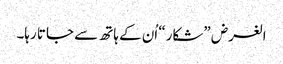
الغرض ”شکار“ اُن کے ہاتھ سے جاتا رہا۔